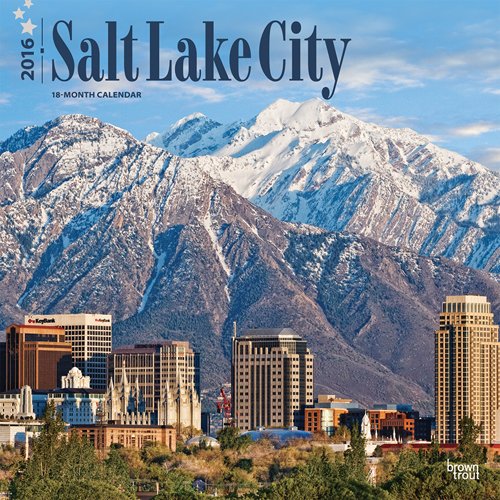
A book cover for Salt Lake City 2016 Square 12x12 (Multilingual Edition); Browntrout Publishers; Travel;